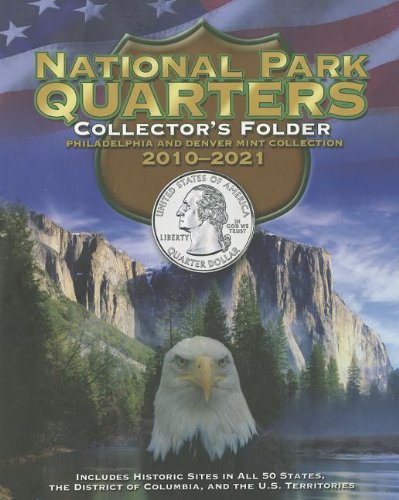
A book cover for National Park Quarters Collector's Folder: Philadelphia and Denver Mint Collection 2010-2021; Crafts, Hobbies & Home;